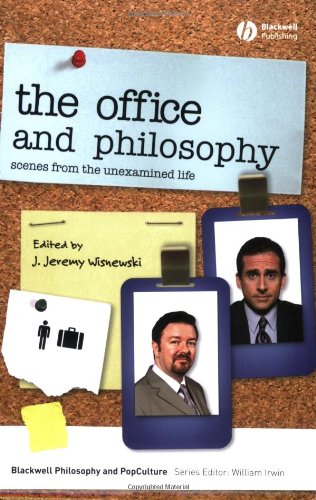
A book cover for The Office and Philosophy: Scenes from the Unexamined Life (The Blackwell Philosophy and Pop Culture Series); Humor & Entertainment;